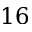
1 6